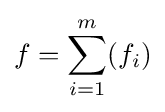
f=\sum _{i=1}^{m}(f_{i})